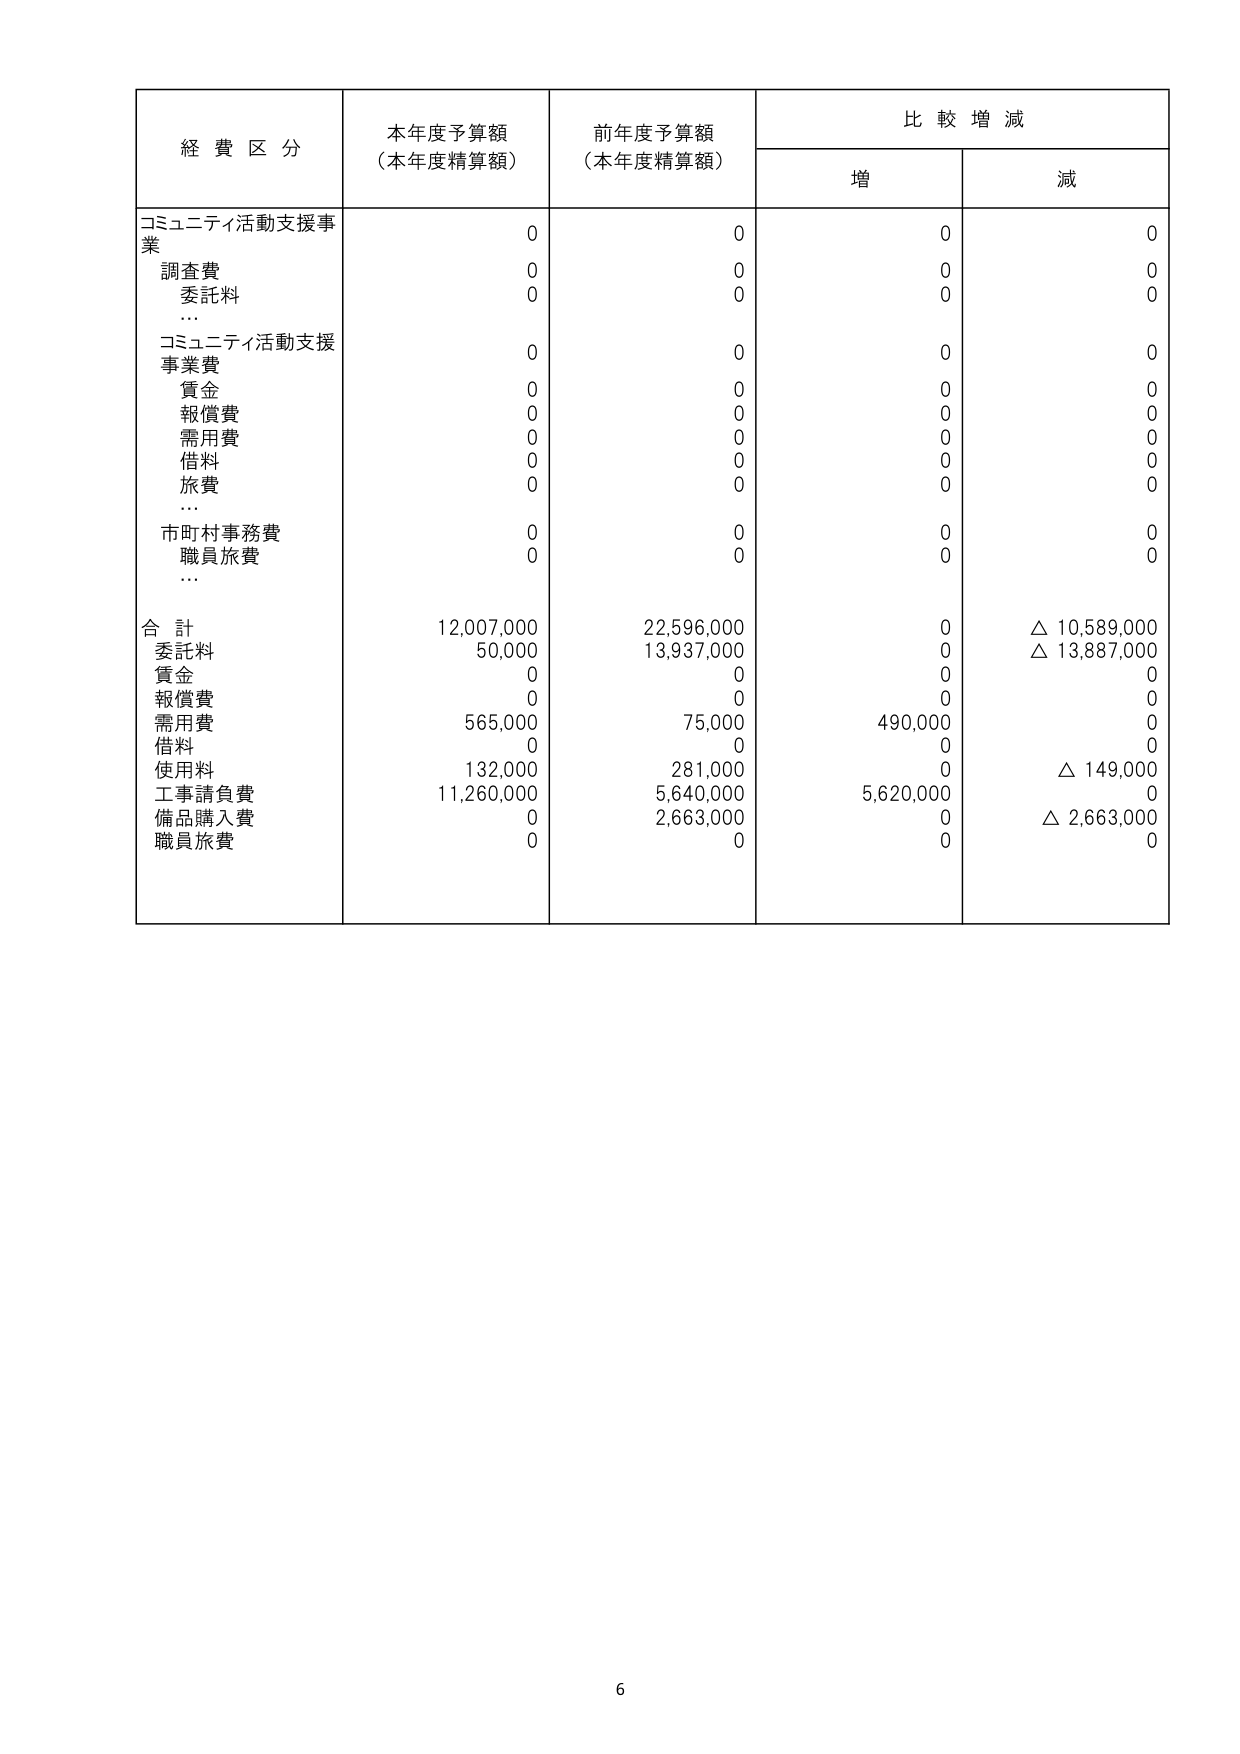
経費区分
本年度予算額
（本年度精算額）
前年度予算額
（本年度精算額）
比較増減
増
減
コミュニティ活動支援事業
0
0
0
0
調査費
0
0
0
0
委託料
0
0
0
0
…
コミュニティ活動支援事業費
0
0
0
0
賃金
0
0
0
0
報償費
0
0
0
0
需用費
0
0
0
0
借料
0
0
0
0
旅費
0
0
0
0
…
市町村事務費
0
0
0
0
職員旅費
0
0
0
0
…
合計
12,007,000
22,596,000
0
△ 10,589,000
委託料
50,000
13,937,000
0
△ 13,887,000
賃金
0
0
0
0
報償費
0
0
0
0
需用費
565,000
75,000
490,000
0
借料
0
0
0
0
使用料
132,000
281,000
0
△ 149,000
工事請負費
11,260,000
5,640,000
5,620,000
0
備品購入費
0
2,663,000
0
△ 2,663,000
職員旅費
0
0
0
0
6